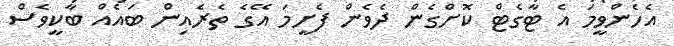
އެހެންވީމަ އެ ޓާގެޓް ކޮށްގެން ދެވެން ފެށީމަ އޭގެ ތެރެއިން ބައެއް ބާކީވެސް